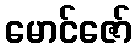
မောင်ဇော်